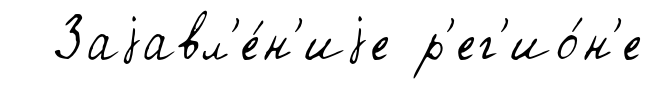
Заjавл'е́н'иjе р'ег'ио́н'е